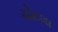
ચોટલા